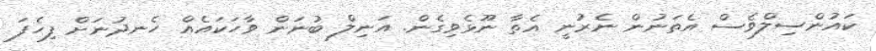
ކައުންސިލްވެސް އެތަނުން ނެރުނީ އެތާ ނޫޅެވިގެން. އަނިލް ބުނަން ވާހަކައެއް ހެނދުނަށް ފިހެފަ